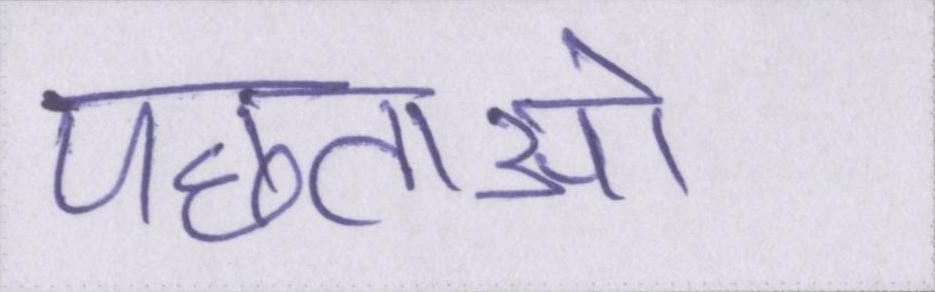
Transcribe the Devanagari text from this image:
पछताओ